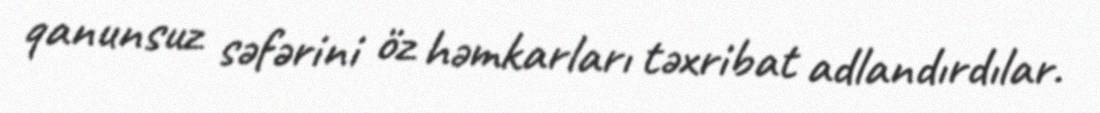
qanunsuz səfərini öz həmkarları təxribat adlandırdılar.